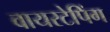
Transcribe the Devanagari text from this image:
वायरटेपिंग